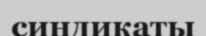
синдикаты